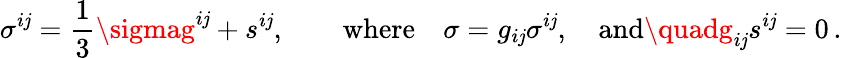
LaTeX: \sigma^{i\mathit{j}}=\frac{1}{3}\sigmag^{i\mathit{j}}+s^{i\mathit{j}},\qquad\mathrm{{where}}\quad\sigma=g_{i\mathit{j}}\sigma^{i\mathit{j}},\quad\mathrm{{and}}\quadg_{i\mathit{j}}s^{i\mathit{j}}=0\, .